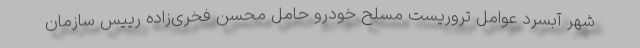
شهر آبسرد عوامل تروریست مسلح خودرو حامل محسن فخری‌زاده رییس سازمان